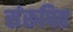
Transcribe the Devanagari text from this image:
संरूपित